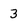
Character: 3